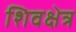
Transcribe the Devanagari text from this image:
शिवक्षेत्र